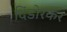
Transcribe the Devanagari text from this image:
दिंडोरकर